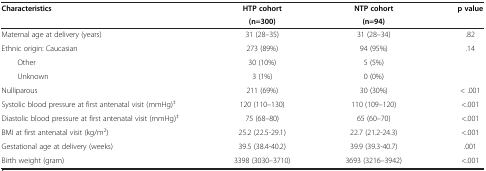
| <ROWSPAN=2> Characteristics | HTP cohort | NTP cohort | <ROWSPAN=2> p value |
 | (n=300) | (n=94) |
 | --- | --- | --- | --- |
 | Maternal age at delivery (years) | 31 (28–35) | 31 (28–34) | .82 |
 | Ethnic origin: Caucasian | 273 (89%) | 94 (95%) | .14 |
 | Other | 30 (10%) | 5 (5%) |  |
 | Unknown | 3 (1%) | 0 (0%) |  |
 | Nulliparous | 211 (69%) | 30 (30%) | < .001 |
 | Systolic blood pressure at first antenatal visit (mmHg)‡ | 120 (110–130) | 110 (109–120) | <.001 |
 | Diastolic blood pressure at first antenatal visit (mmHg)‡ | 75 (68–80) | 65 (60–70) | <.001 |
 | BMI at first antenatal visit (kg/m2) | 25.2 (22.5-29.1) | 22.7 (21.2-24.3) | <.001 |
 | Gestational age at delivery (weeks) | 39.5 (38.4-40.2) | 39.9 (39.3-40.7) | .001 |
 | Birth weight (gram) | 3398 (3030–3710) | 3693 (3216–3942) | <.001 |